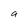
Character: a